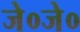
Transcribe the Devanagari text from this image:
जे०जे०